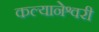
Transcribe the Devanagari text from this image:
कल्यानेश्वरी